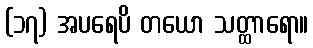
(၁၇) အပရေပိ တယော သတ္ထာရော။